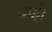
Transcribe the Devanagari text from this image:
कई।